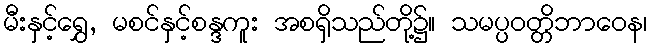
မီးနှင့်ရွှေ, မစင်နှင့်စန္ဒကူး အစရှိသည်တို့၌။ သမပ္ပဝတ္တိဘာဝေန၊